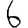
Digit: 6